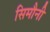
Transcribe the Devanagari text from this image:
सिमौनी